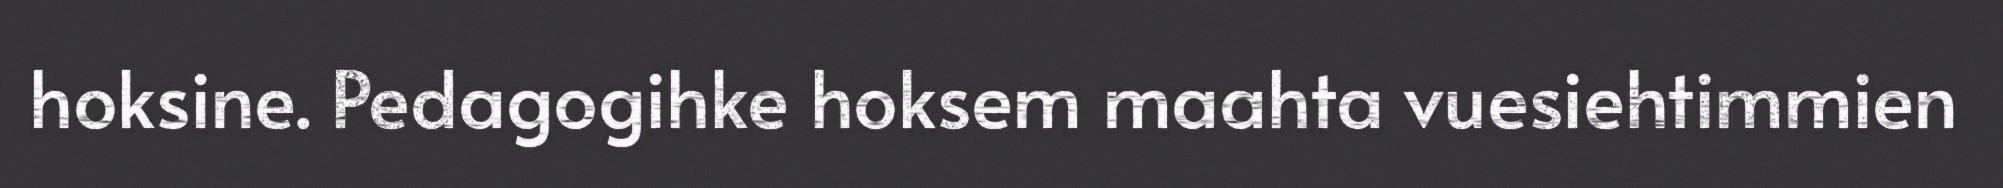
hoksine. Pedagogihke hoksem maahta vuesiehtimmien